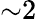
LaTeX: {\sim}2